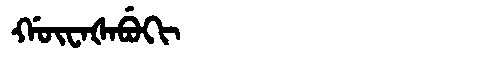
Manchu: ᡤᡡᠸᠠᡧᠠᠪᡠᡴᡳ
Romanization: GŪWAŠABUKI